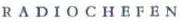
RADIOCHEFEN